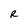
Character: R